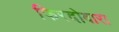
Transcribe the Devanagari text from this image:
फिरदोबारा